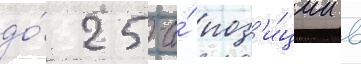
до́ 25-и́ поз'и́ции в